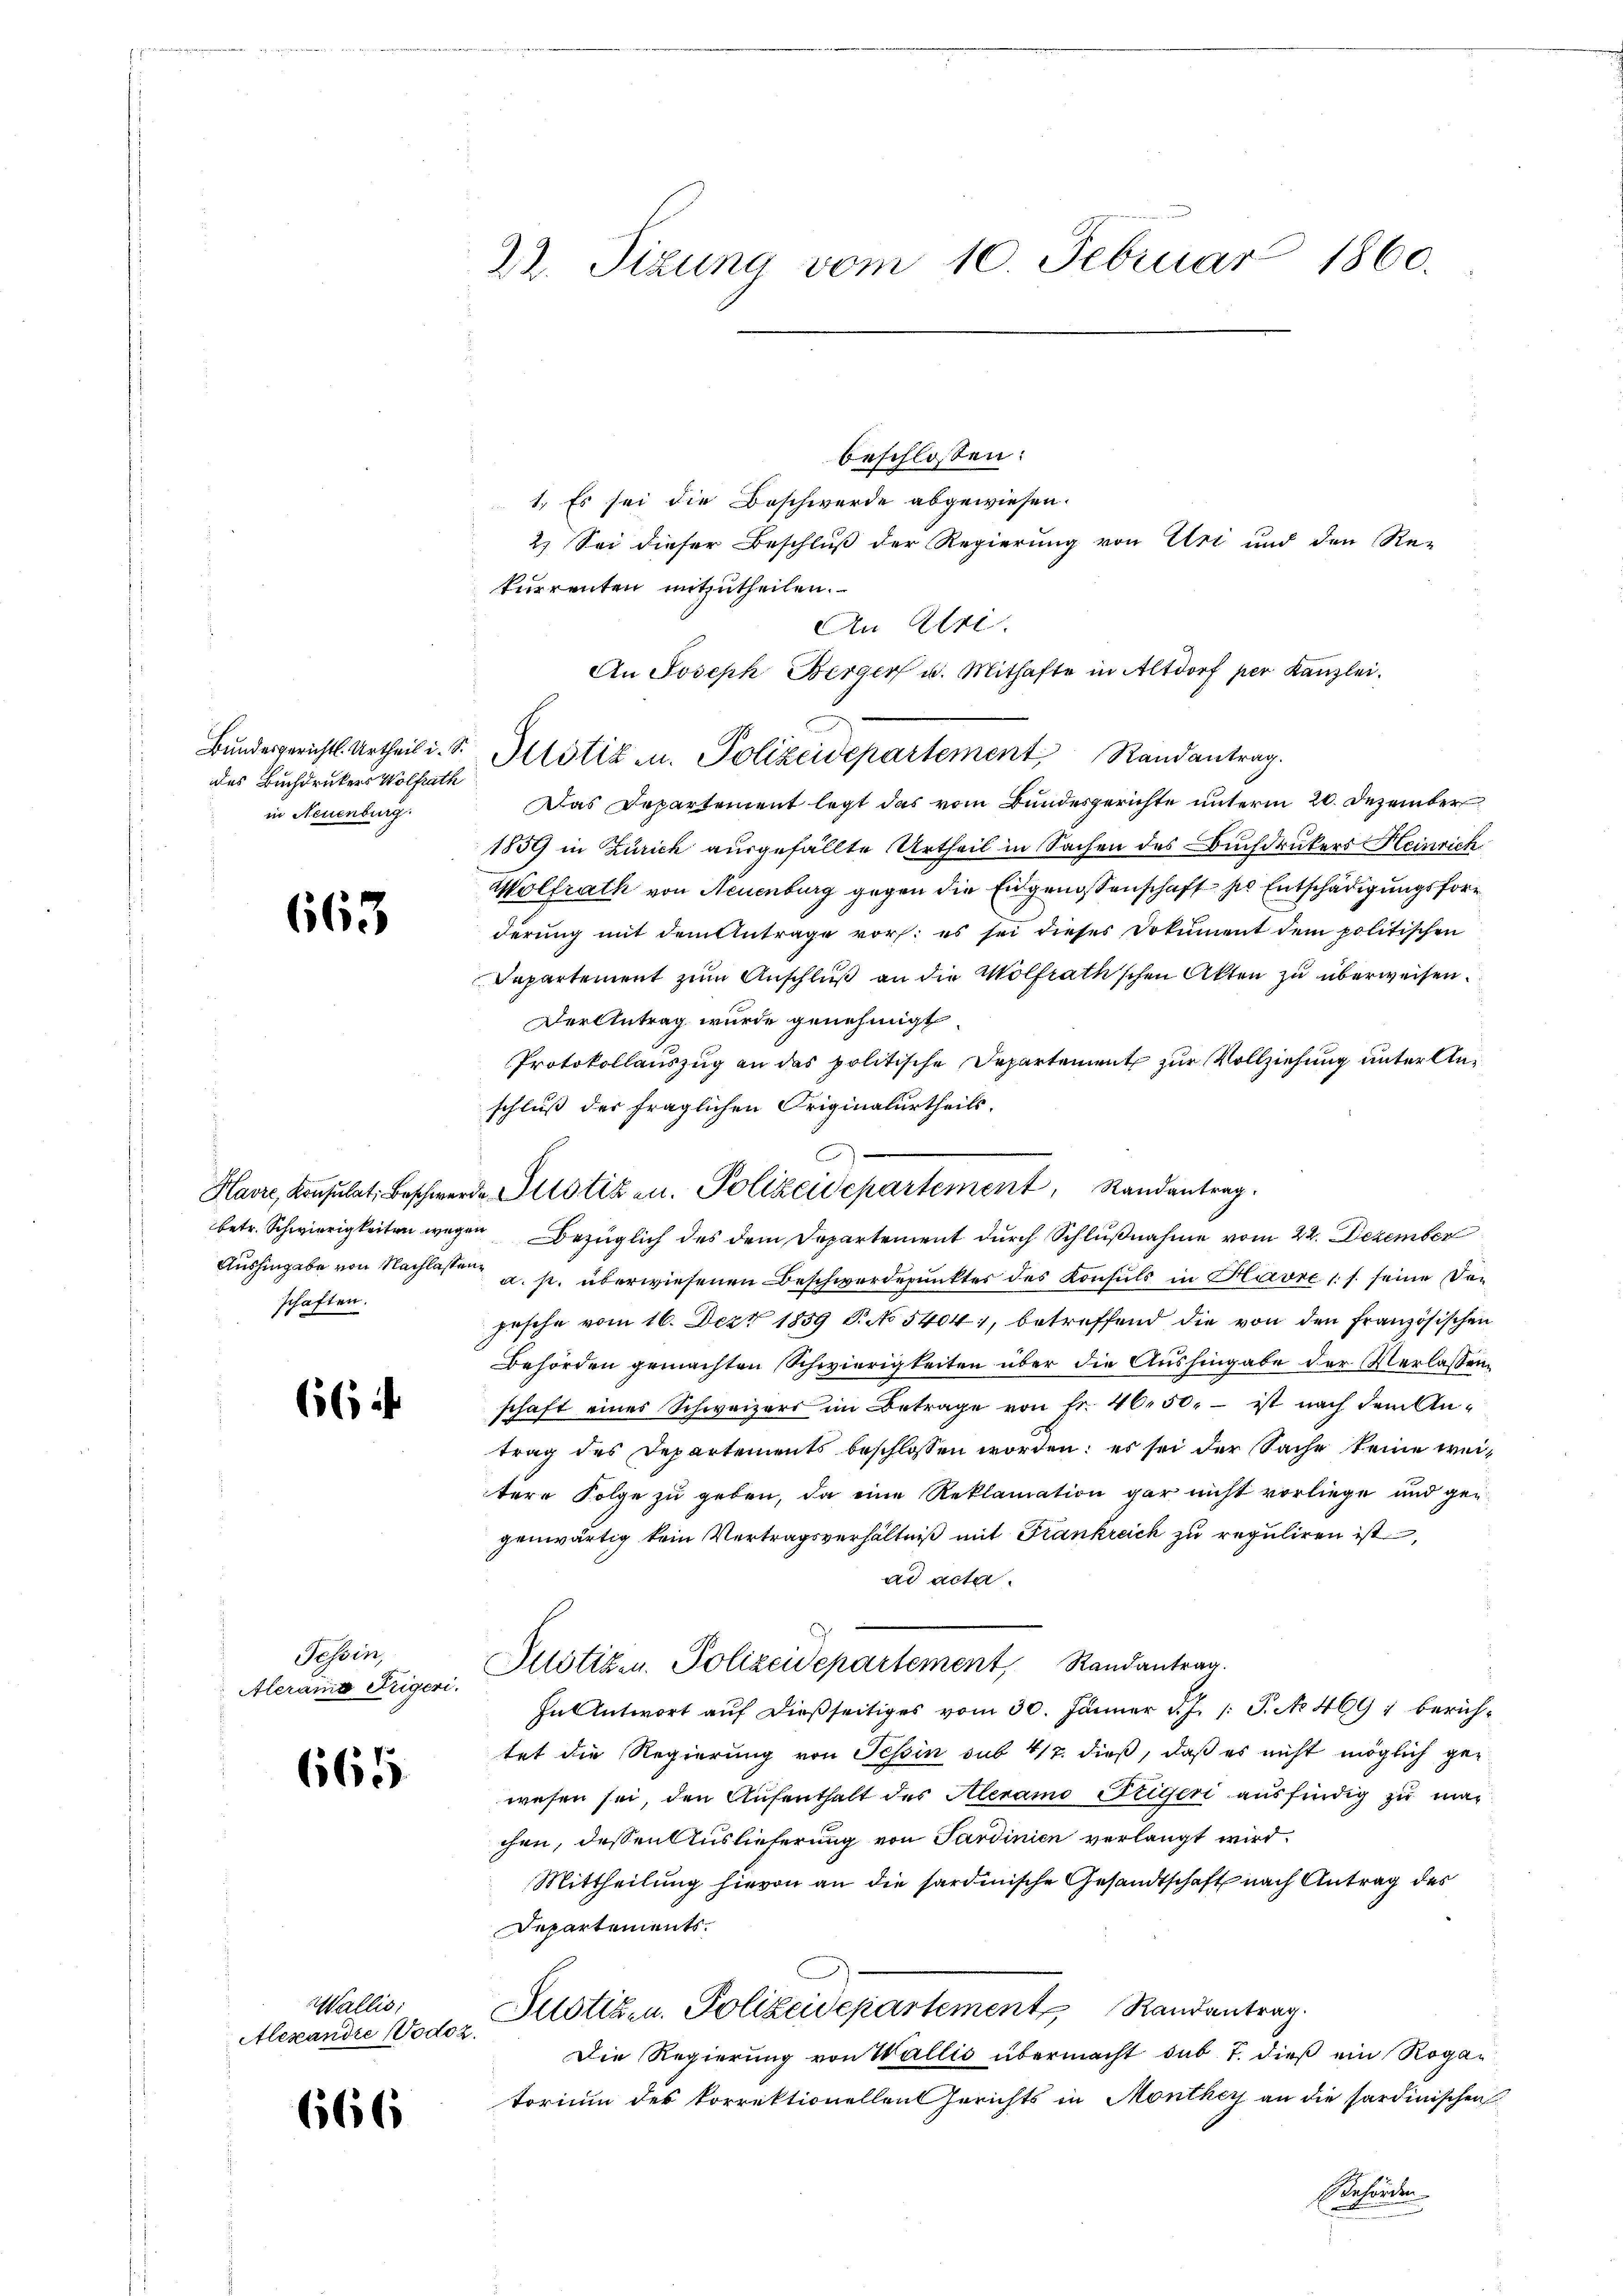
des Buchdruckers Wolfrath
in Neuenburg.

663

beschlossen:
1. Es sei die Beschwerde abgewiesen.
2.) Sei dieser Beschluß der Regierung von Uri und den Re-
kurrenten mitzutheilen.
An Ulri
An Joseph Berger u. Mithafte in Altdorf per Kanzlei.
Das Departement legt das vom Bundesgerichte unterm 20. Dezember
1859 in Zürich ausgefällte Urtheil in Sachen des Buchdruckers Heinrich
Wolfrath von Neuenburg gegen die Eidgenossenschaft der Entschädigungsfor
derung mit dem Antrage vor: es sei dieses Dokument dem politischen
Departement zum Anschluß an die Wolfrathschen Akten zu überweisen.
Der Antrag wurde genehmigt
Protokollauszug an das politische Departement zur Vollziehung unter Anschluß der fraglichen Originalurtheils.
betr. Schwierigkeiten wegen Bezüglich des dem Departement durch Schlußnahme vom 22. Dezember
Aushingabe von Nachlassen a. p. überwiesenen Beschwerdepunkter des Konsuls in Havre 17 seine Degesehe vom 16. Dez. 1839 P. No 5404, betreffend die von den Französischen
Behörden gemachten Schwierigkeiten über die Aushingabe der Verlassenschaft eines Schweizers im Betrage von fr. 4650. - ist nach dem An-
trag des Departements beschlossen worden; es sei der Sache keine weitere Folge zu geben, da eine Reklamation gar nicht vorliege und gen
genwärtig kein Vertragsverhältniß mit Frankreich zu reguliren ist,
ad acta.
Illötizen. Polizeidepartement Randantrag.
In Antwort aŭf dießseitiges vom 30. Jänner d. J. 1: P. No 469 : berühtet die Regierung von Tessin sub 412. dieß, daß es nicht möglich gewesen sei, den Aufenthalt des Aleramo Stegeri ausfündig zu machen, dessen Auslieferung von Sardinien verlangt wird.
Mittheilung hievon an die sardinische Gesandtschaft nach Antrag des
Departements.
Justiz- u. Polizeidepartement Randantrag.
Die Regierung von Wallis übermacht sub 7. dieß ein Rogatorium des korrektionellen Gerichts in Monthey an die sardinischen
Behörden

schaften.

664

Tessin,
Aleramo Trigeri.

665

Wallis:
Alexandre (Vodoz

666

22. Tizung vom 10. Februar 1860.

—
Havre, Konsulat, Beschwerde Potizen. Polizeidepartement, Randantrag.

Bundesgerichtl. Urtheil i. S. Altstik u. Polizeidepartement Randantrag.